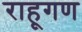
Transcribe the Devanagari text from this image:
राहूगण